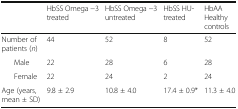
| <COLSPAN=2>  | HbSS Omega −3 treated | HbSS Omega −3 untreated | HbSS HU- treated | HbAA Healthy controls |
 | --- | --- | --- | --- | --- | --- |
 | <COLSPAN=2> Number of patients (n) | 44 | 52 | 8 | 52 |
 |  | Male | 22 | 28 | 6 | 28 |
 |  | Female | 22 | 24 | 2 | 24 |
 | <COLSPAN=2> Age (years, mean ± SD) | 9.8 ± 2.9 | 10.8 ± 4.0 | 17.4 ± 0.9* | 11.3 ± 4.0 |